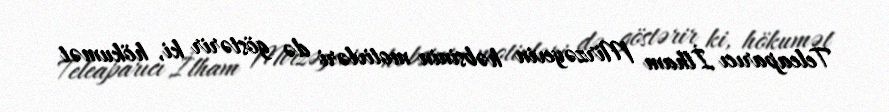
Teleaparıcı İlham Mirzəyevin həbsinin motivləri də göstərir ki, hökumət